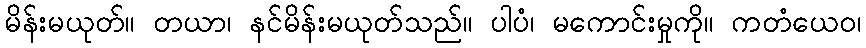
မိန်းမယုတ်။ တယာ၊ နင်မိန်းမယုတ်သည်။ ပါပံ၊ မကောင်းမှုကို။ ကတံယေဝ၊